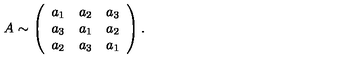
A \sim \left( \begin{array} { c c c } { a _ { 1 } } & { a _ { 2 } } & { a _ { 3 } } \\ { a _ { 3 } } & { a _ { 1 } } & { a _ { 2 } } \\ { a _ { 2 } } & { a _ { 3 } } & { a _ { 1 } } \\ \end{array} \right) .